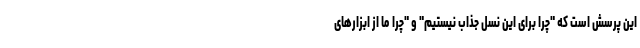
این پرسش است که "چرا برای این نسل جذاب نیستیم" و "چرا ما از ابزارهای